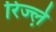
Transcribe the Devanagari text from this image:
रिज्ल़े